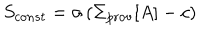
LaTeX: S _ { c o n s t } = \sigma \left( \Sigma _ { \mathrm { p r o v } } [ A ] - c \right)